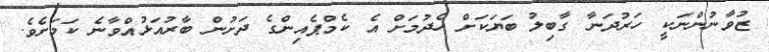
ޒުވާނުންނަކީ ހަރުދަނާ ގާބިލު ބަޔަކަށް ހެދުމަށް އެ ކެމްޕެއިންގެ ދަށުން ބާރުއަޅުއްވާނެ ކަމަށެވެ.